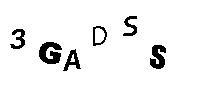
3GADSS